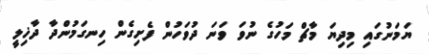
ޔަމަނުގައި މިދިޔަ މާޗް މަހުގެ ނުވަ ވަނަ ދުވަހުން ފެށިގެން ހިނގަމުންދާ ދާޚިލީ